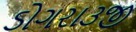
ડોગરા૩જી